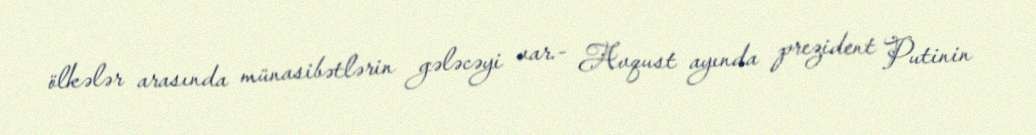
ölkələr arasında münasibətlərin gələcəyi var.- Avqust ayında prezident Putinin